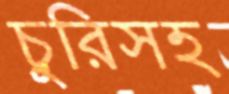
চুরিসহ